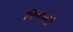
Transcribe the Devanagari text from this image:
बितायीं।